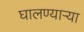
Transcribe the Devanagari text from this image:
घालण्यार्‍या